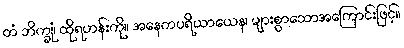
တံ ဘိက္ခုံ၊ ထိုရဟန်းကို။ အနေကပရိယာယေန၊ များစွာသောအကြောင်းဖြင့်။